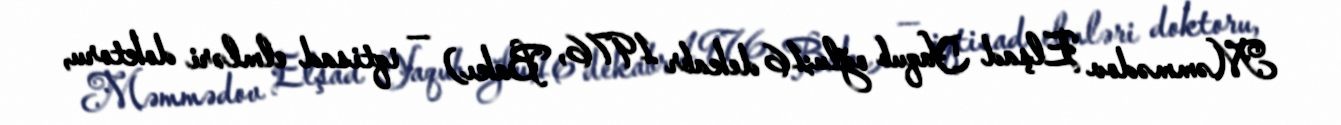
Məmmədov Elşad Yaqub oğlu;16 dekabr 1976, Bakı) — iqtisad elmləri doktoru,